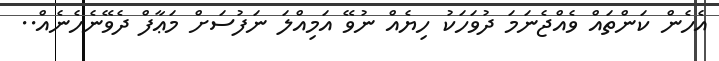
އެހެން ކަންތައް ވެއްޖެނަމަ ދުވަހަކު ހިޔެއް ނުވޭ އަމިއްލަ ނަފުސަށް މަޢާފް ދެވޭނެހެނެއް..